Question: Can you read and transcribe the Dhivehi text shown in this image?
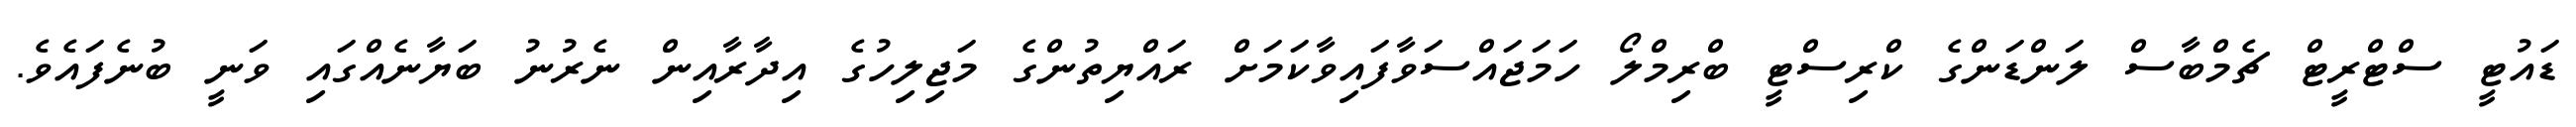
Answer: ޑައުޓީ ސްޓްރީޓް ޗެމްބާސް ލަންޑަންގެ ކްރިސްޓީ ބްރިމްލޯ ހަމަޖައްސަވާފައިވާކަމަށް ރައްޔިތުންގެ މަޖިލިހުގެ އިދާރާއިން ނެރުނު ބަޔާނެއްގައި ވަނީ ބުނެފައެވެ.